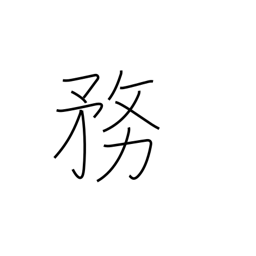
Meaning: duties